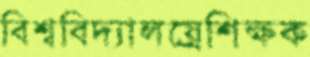
বিশ্ববিদ্যালয়্রেশিক্ষক